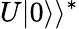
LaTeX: U|0\rangle\rangle^{*}